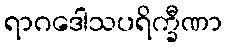
ရာဂဒေါသပရိက္ခီဏာ